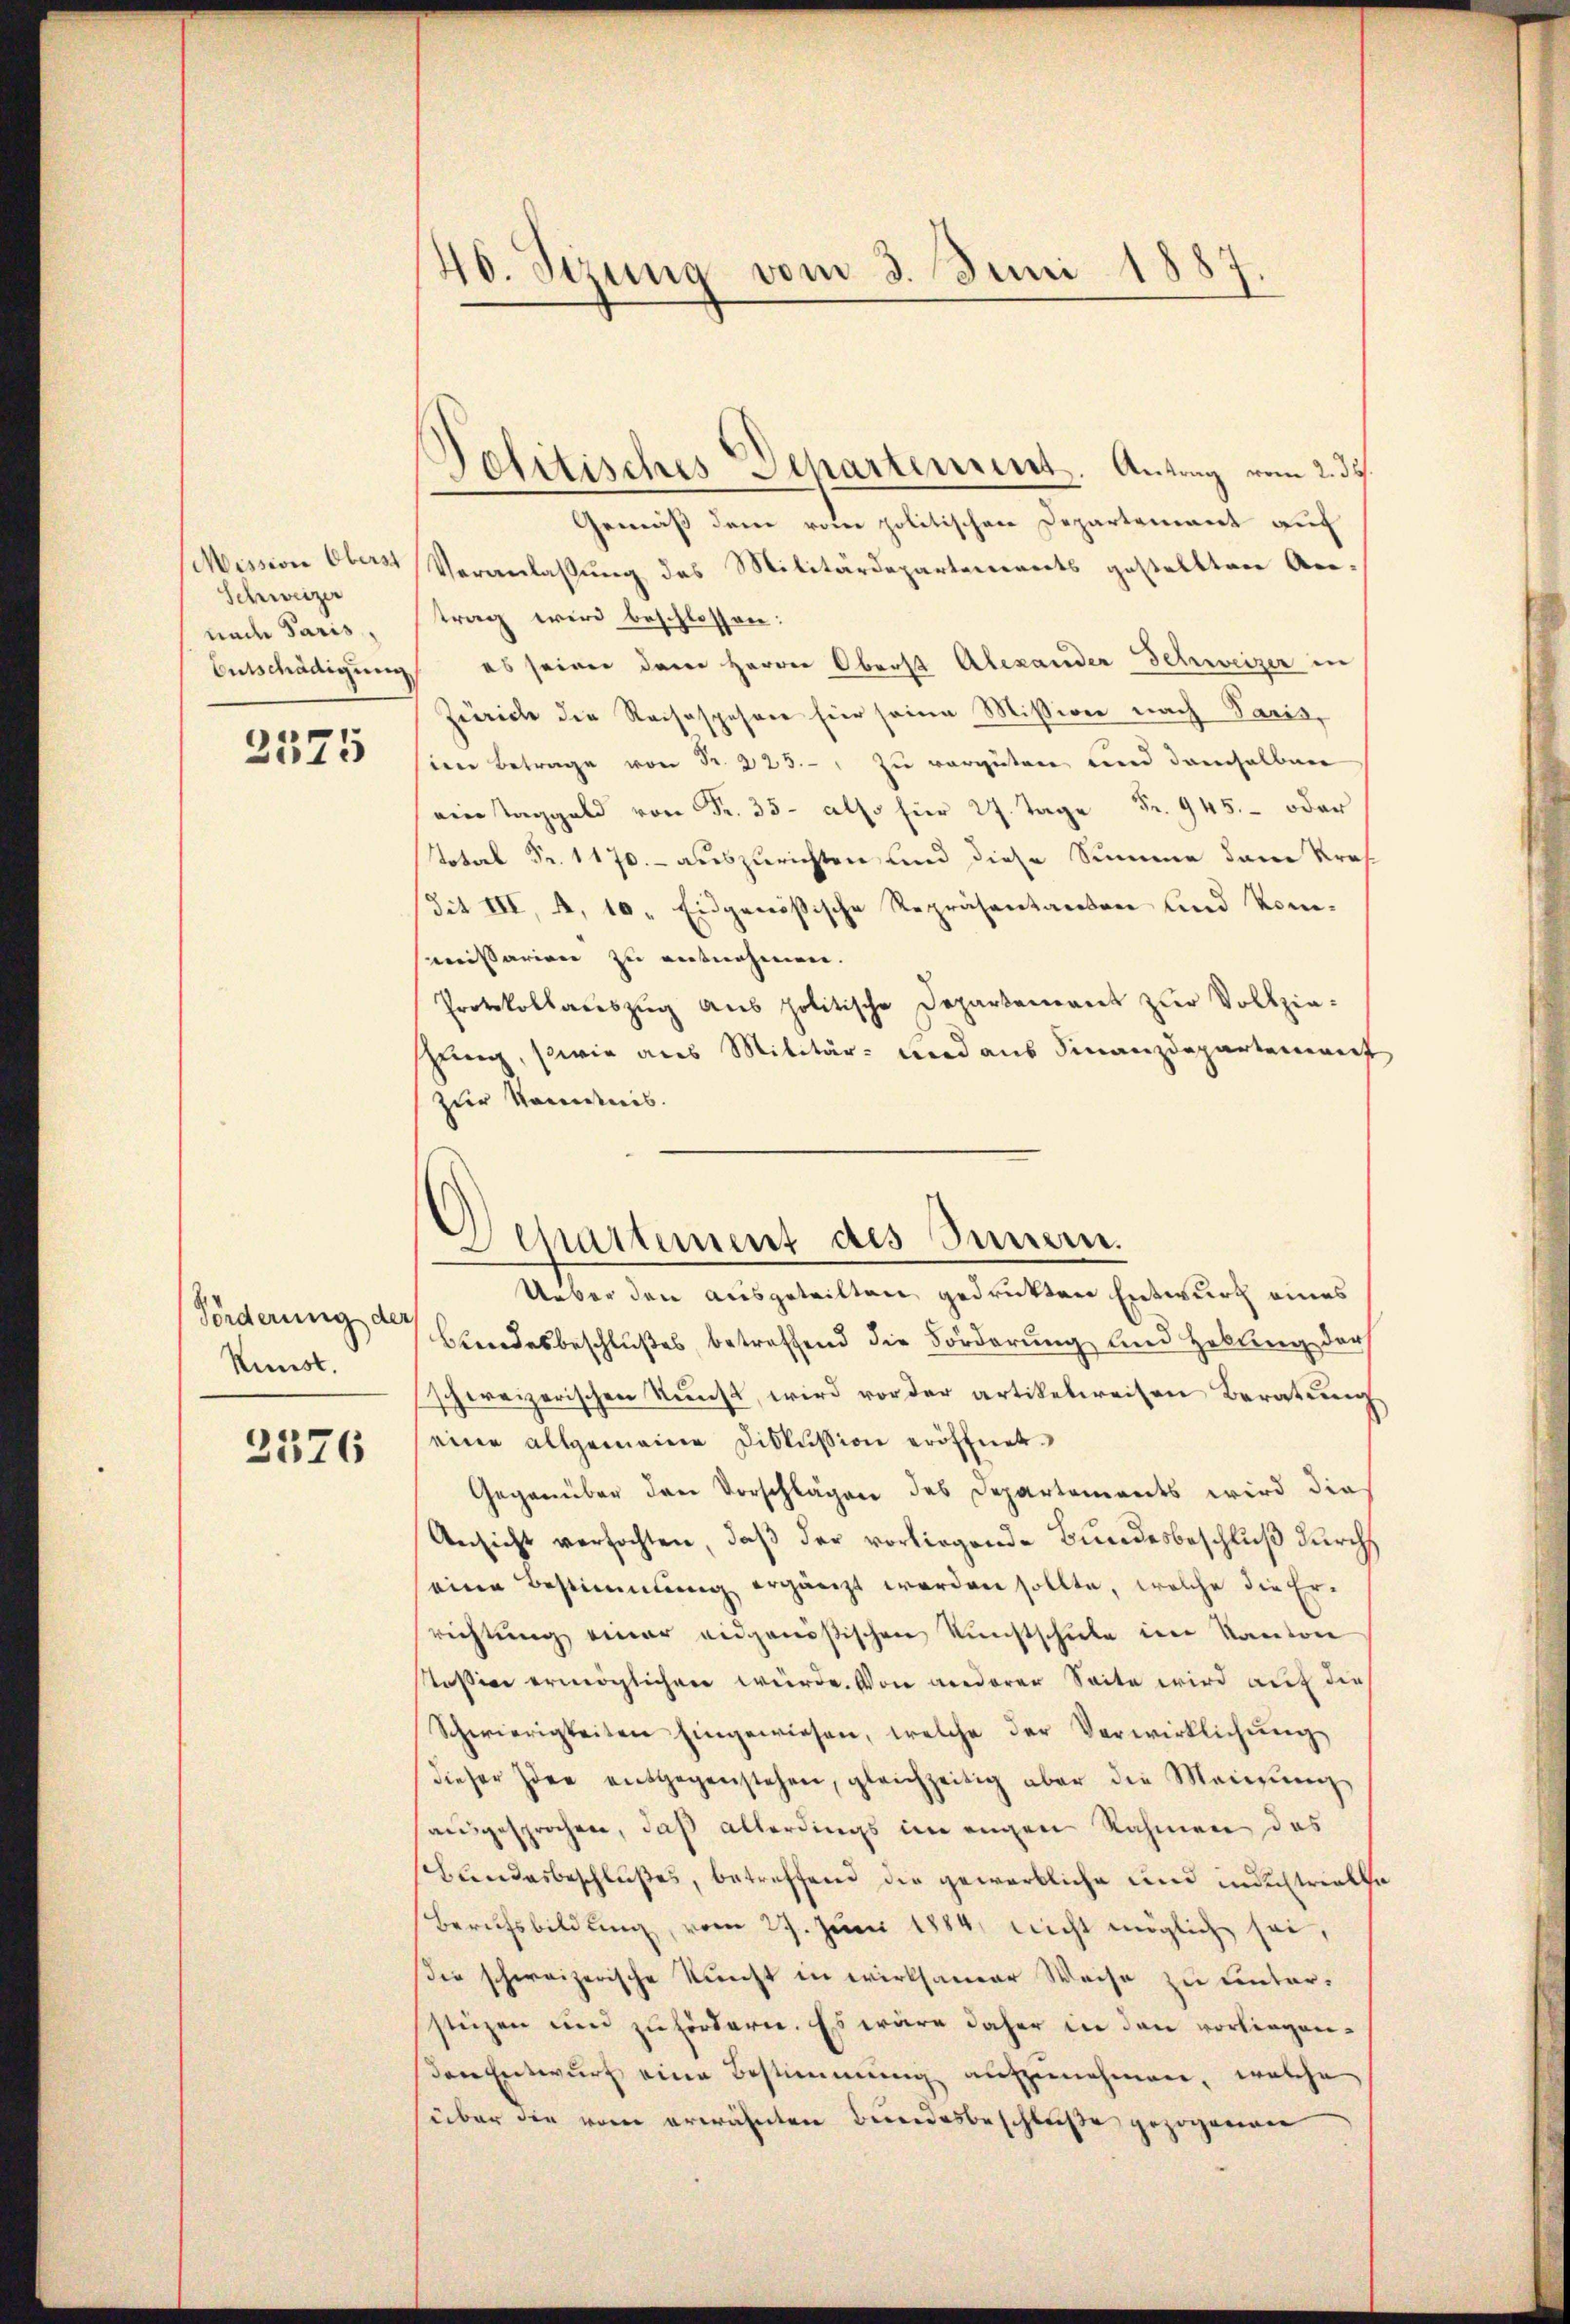
Mission Oberst
Schreizer
nach Paris,
Entschädigung

2575

Förderung der
Kunst.

2576

40. Stzung vom 3. Juni 1887.

Departement des Sinnern.

Politisches Departement. Antrag vom 2. 32.
Gemäß dem vom politischen Departement auf
Veranlassung des Militärdepartements gestellten An-
trag wird beschlossen:
es seiner dem Herrn Oberst Alexander Schweizer in
Zürich die Reisospehner hier seine Mission nach Paris,
sien betrage von Fr. 223. " zu vergüten und demselben
ein Taggeld       2 Tage Fr. 945. oder
 Fr. 170 auszurichten und diese Summe dem Kraf
Tit III, 4, 10. Eidgenößische Repräsentanten und kommissarien zu entnehmen.
Protokollaŭszŭg aŭs politische Departenant zur Vollzieshung, sowie aus Militär- und aus Finanzdepartement
zur Kenntnis.
Ueber den ausgeteilten gedrukten Entwurf eines
Bundesbeschlußes, betreffend die Forderung und Hebung der
schweizerischen Kunst, wird vor der artikelweisen Beratung
eine allgemeine Diskussion eröffnet.
Gegenüber den Vorschlägen des Departements wird die
Ansicht verfochten, daβ der vorliegende Bundesbeschluß durch
einen Bestimmung ergänzt werden sollte, welche die Er-
richtung einer eidgenößischen Kunstschŭle im Kanton
Kassin ermöglichen würde. Von niederer Seite wird auf die
Schwierigkeiten hingewiesen, welche der Verwirklichŭng
dieser Idee entgegenstehen, gleichzeitig aber die Meinŭng
ausgesprochen, daß allerdings im engen Rahmen das
Bundesbeschlußes, betreffend die gewerbliche und industrielle
Berufsbildung, vom 27. Juni 1884 nicht möglich sei,
die schweizerische Kunst in wirksamer Weise zu unterstüzen und zufördern. Es wäre daher in den vorliegenden Entwurf eine Bestimmung aufzunehmen, welche
über die vom erwähnten Bundesbeschluße gezogenen